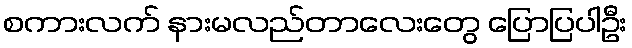
စကားလက် နားမလည်တာလေးတွေ ပြောပြပါဦး